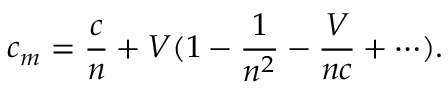
c _ { m } = { \frac { c } { n } } + V ( 1 - { \frac { 1 } { n ^ { 2 } } } - { \frac { V } { n c } } + \cdots ) .